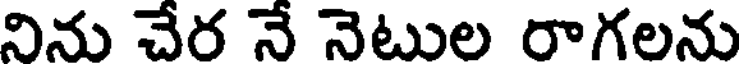
నిను చేర నే నెటుల రాగలను